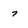
Character: 7